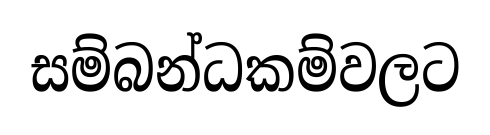
සම්බන්ධකම්වලට